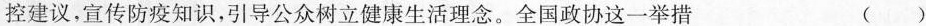
控建议，宣传防疫知识，引导公众树立健康生活理念。全国政协这一举措 ( )